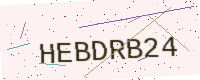
Text: HEBDRB24